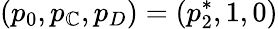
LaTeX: (p_{0},p_{\mathbb{C}},p_{D})=(p_{2}^{*},1,0)